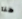
هنا